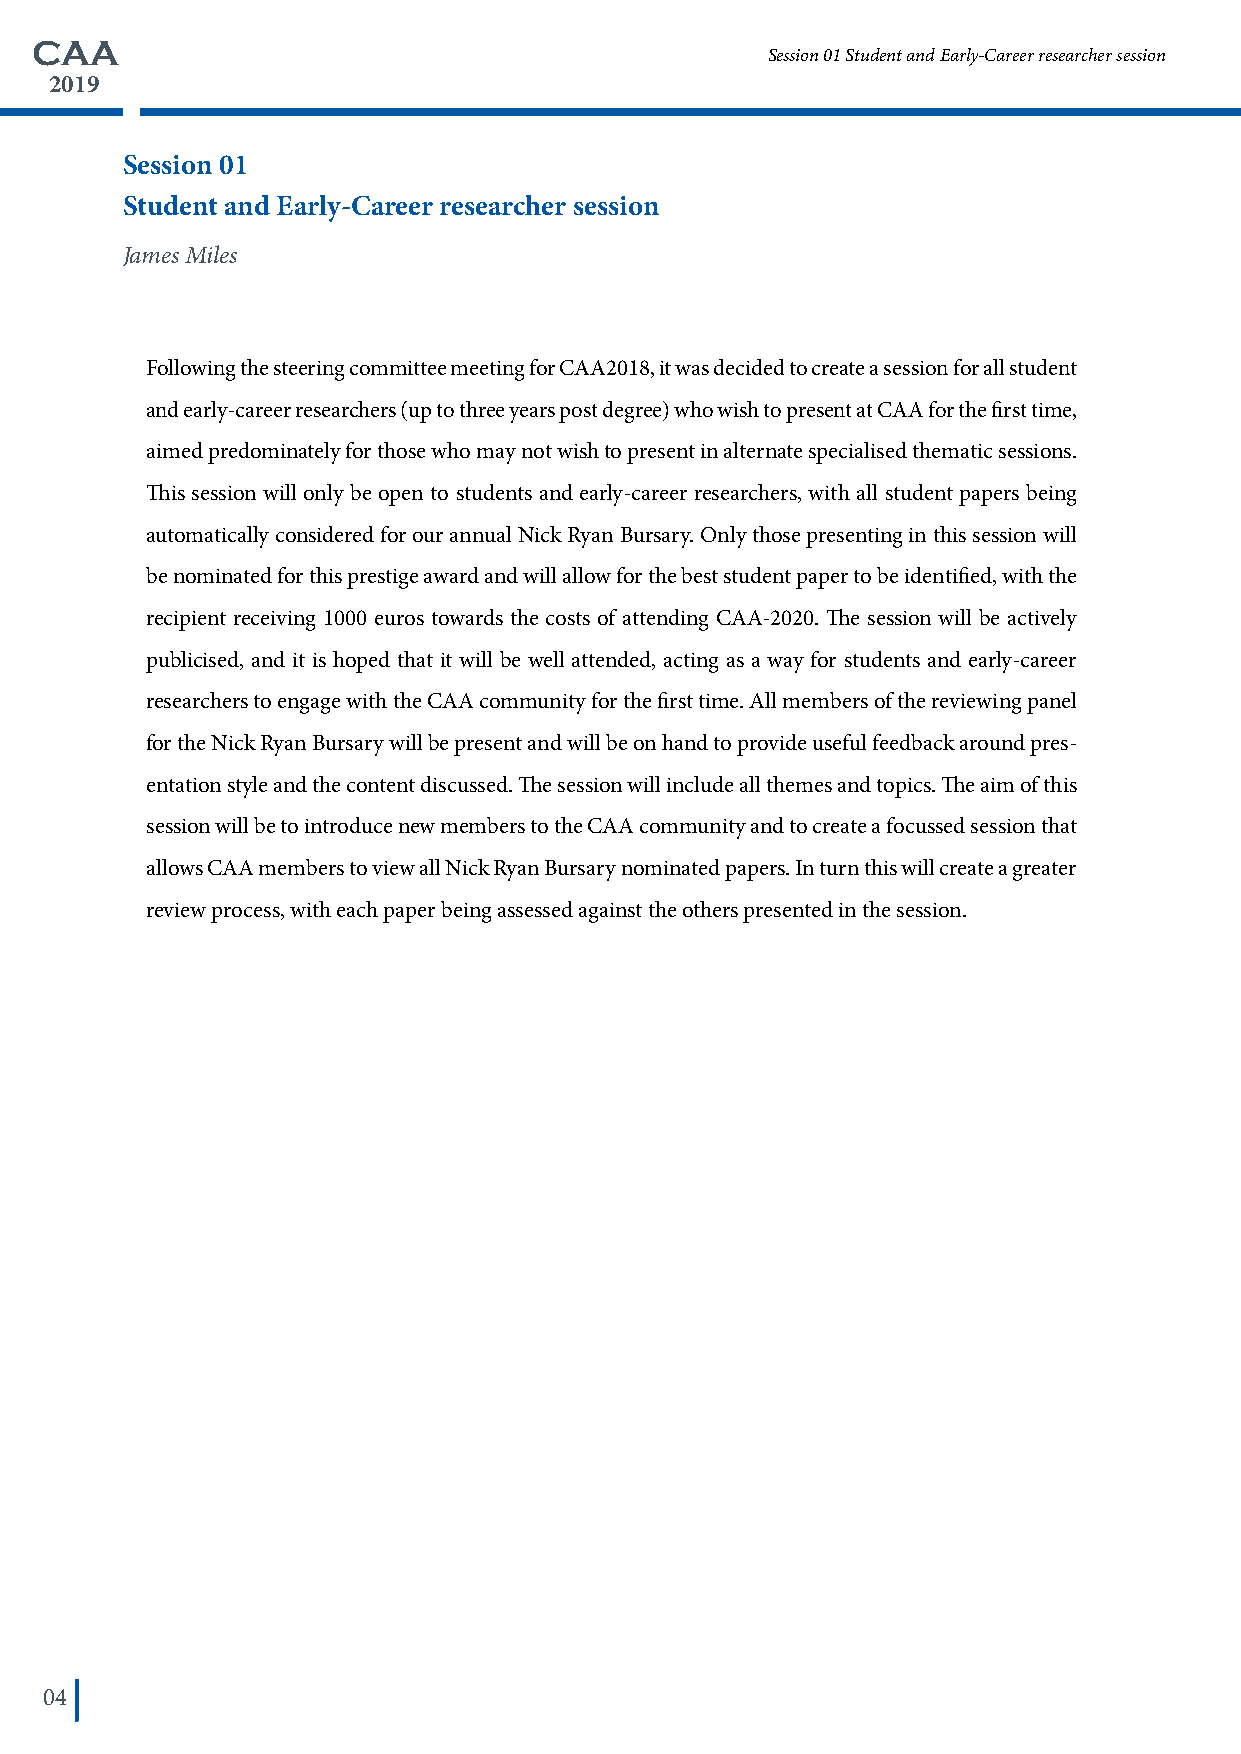
CAA
 Session 01 Student and Early-Career researcher session
 2019
 Session 01
 Student and Early-Career researcher session
 James Miles
 Following the steering committee meeting for CAA2018, it was decided to create a session for all student
 and early-career researchers (up to three years post degree) who wish to present at CAA for the first time,
 aimed predominately for those who may not wish to present in alternate specialised thematic sessions.
 This session will only be open to students and early-career researchers, with all student papers being
 automatically considered for our annual Nick Ryan Bursary. Only those presenting in this session will
 be nominated for this prestige award and will allow for the best student paper to be identified, with the
 recipient receiving 1000 euros towards the costs of attending CAA-2020. The session will be actively
 publicised, and it is hoped that it will be well attended, acting as a way for students and early-career
 researchers to engage with the CAA community for the first time. All members of the reviewing panel
 for the Nick Ryan Bursary will be present and will be on hand to provide useful feedback around pres-
 entation style and the content discussed. The session will include all themes and topics. The aim of this
 session will be to introduce new members to the CAA community and to create a focussed session that
 allows CAA members to view all Nick Ryan Bursary nominated papers. In turn this will create a greater
 review process, with each paper being assessed against the others presented in the session.
 04